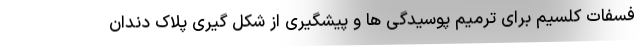
فسفات کلسیم برای ترمیم پوسیدگی ها و پیشگیری از شکل گیری پلاک دندان